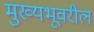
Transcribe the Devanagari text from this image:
मुख्यभूवरील